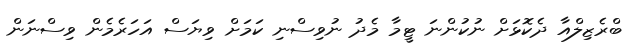
ބްރެޒިލްއާ ދެކޮޅަށް ނުކުންނަ ޓީމާ މެދު ނުވިސްނި ކަމަށް ވިޔަސް އަހަރެމެން ވިސްނަން